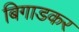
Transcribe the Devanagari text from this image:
बिगाडकर